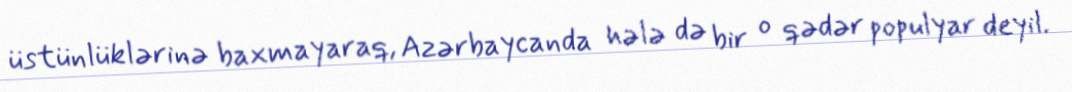
üstünlüklərinə baxmayaraq, Azərbaycanda hələ də bir o qədər populyar deyil.